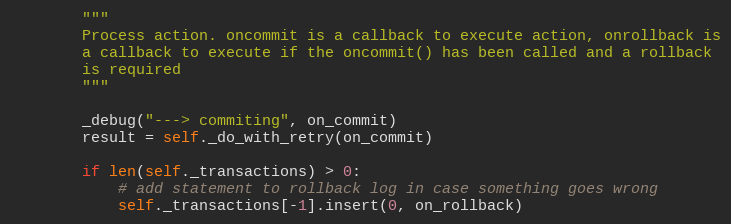
Language: Python
        """
        Process action. oncommit is a callback to execute action, onrollback is
        a callback to execute if the oncommit() has been called and a rollback
        is required
        """

        _debug("---> commiting", on_commit)
        result = self._do_with_retry(on_commit)

        if len(self._transactions) > 0:
            # add statement to rollback log in case something goes wrong
            self._transactions[-1].insert(0, on_rollback)